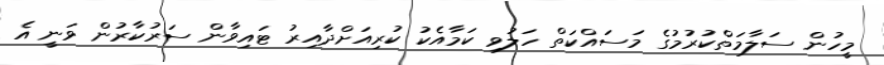
މީހުން ސަލާމަތްކުރުމުގެ މަސައްކަތް ހަލުވި ކަމާއެކު ކުރިއަށްދާއިރު ޓައިވާން ސަރުކާރުން ވަނީ އެ